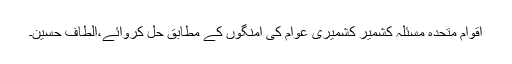
اقوام متحدہ مسئلہ کشمیر کشمیری عوام کی امنگوں کے مطابق حل کروائے،الطاف حسین۔